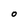
Character: O